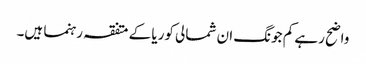
واضح رہے کم جونگ ان شمالی کوریا کے متفقہ رہنما ہیں۔